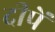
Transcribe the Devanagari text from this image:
दीपें